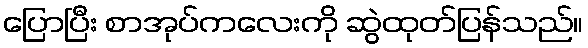
ပြောပြီး စာအုပ်ကလေးကို ဆွဲထုတ်ပြန်သည်။